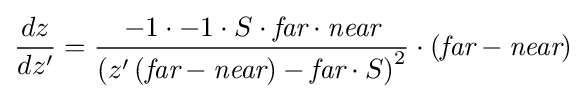
{\frac {dz}{dz'}}={\frac {-1\cdot -1\cdot S\cdot {\textit {far}}\cdot {\textit {near}}}{\left(z'\left({\textit {far}}-{\textit {near}}\right)-{\textit {far}}\cdot S\right)^{2}}}\cdot \left({\textit {far}}-{\textit {near}}\right)